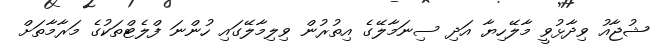
ޝުޖާއު ވިދާޅުވީ މާލޭހިޔާ އަދި ސިނަމާލޭގެ އިތުރުން ވިލިމާލޭގައި ހުންނަ ފްލެޓްތަކުގެ މަރާމާތަށް